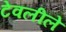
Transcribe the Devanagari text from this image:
टेवलीले